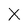
Character: X